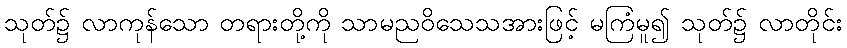
သုတ်၌ လာကုန်သော တရားတို့ကို သာမညဝိသေသအားဖြင့် မကြံမူ၍ သုတ်၌ လာတိုင်း